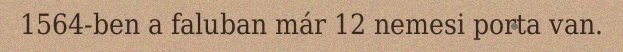
1564-ben a faluban már 12 nemesi porta van.